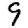
Digit: 9